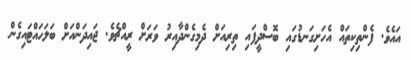
އައެވެ. ފެންތިކިތައް އެހަށިގަނޑުގައި ބޮސްދީފައި ތިރިއަށް ދެމިގެންދާއިރު ވަރަށް ރީއްޗެވެ. ޖައިދަންއަށް ބަލަހައްޓައިގެން